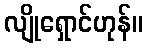
လျိုရှောင်ဟုန်။